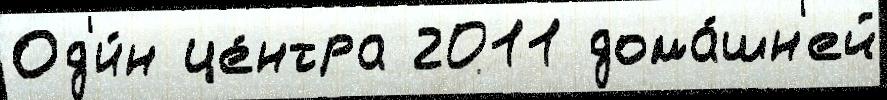
Од'и́н це́нтра 2011 дома́шн'ей